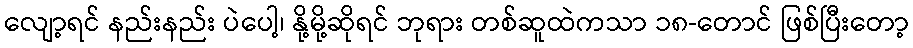
လျော့ရင် နည်းနည်း ပဲပေါ့၊ နို့မို့ဆိုရင် ဘုရား တစ်ဆူထဲကသာ ၁၈-တောင် ဖြစ်ပြီးတော့